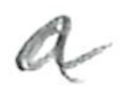
Text: a
Cross-out: wave
Writing tool: pencil